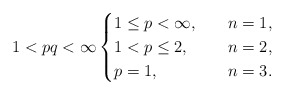
\begin{align*}1<pq<\infty\begin{cases}1\leq p<\infty, \ \ \ &n=1,\\1<p\leq2,\ \ \ &n=2,\\p=1,\ \ \ &n=3.\end{cases}\end{align*}